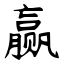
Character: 赢